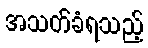
အသတ်ခံရသည့်